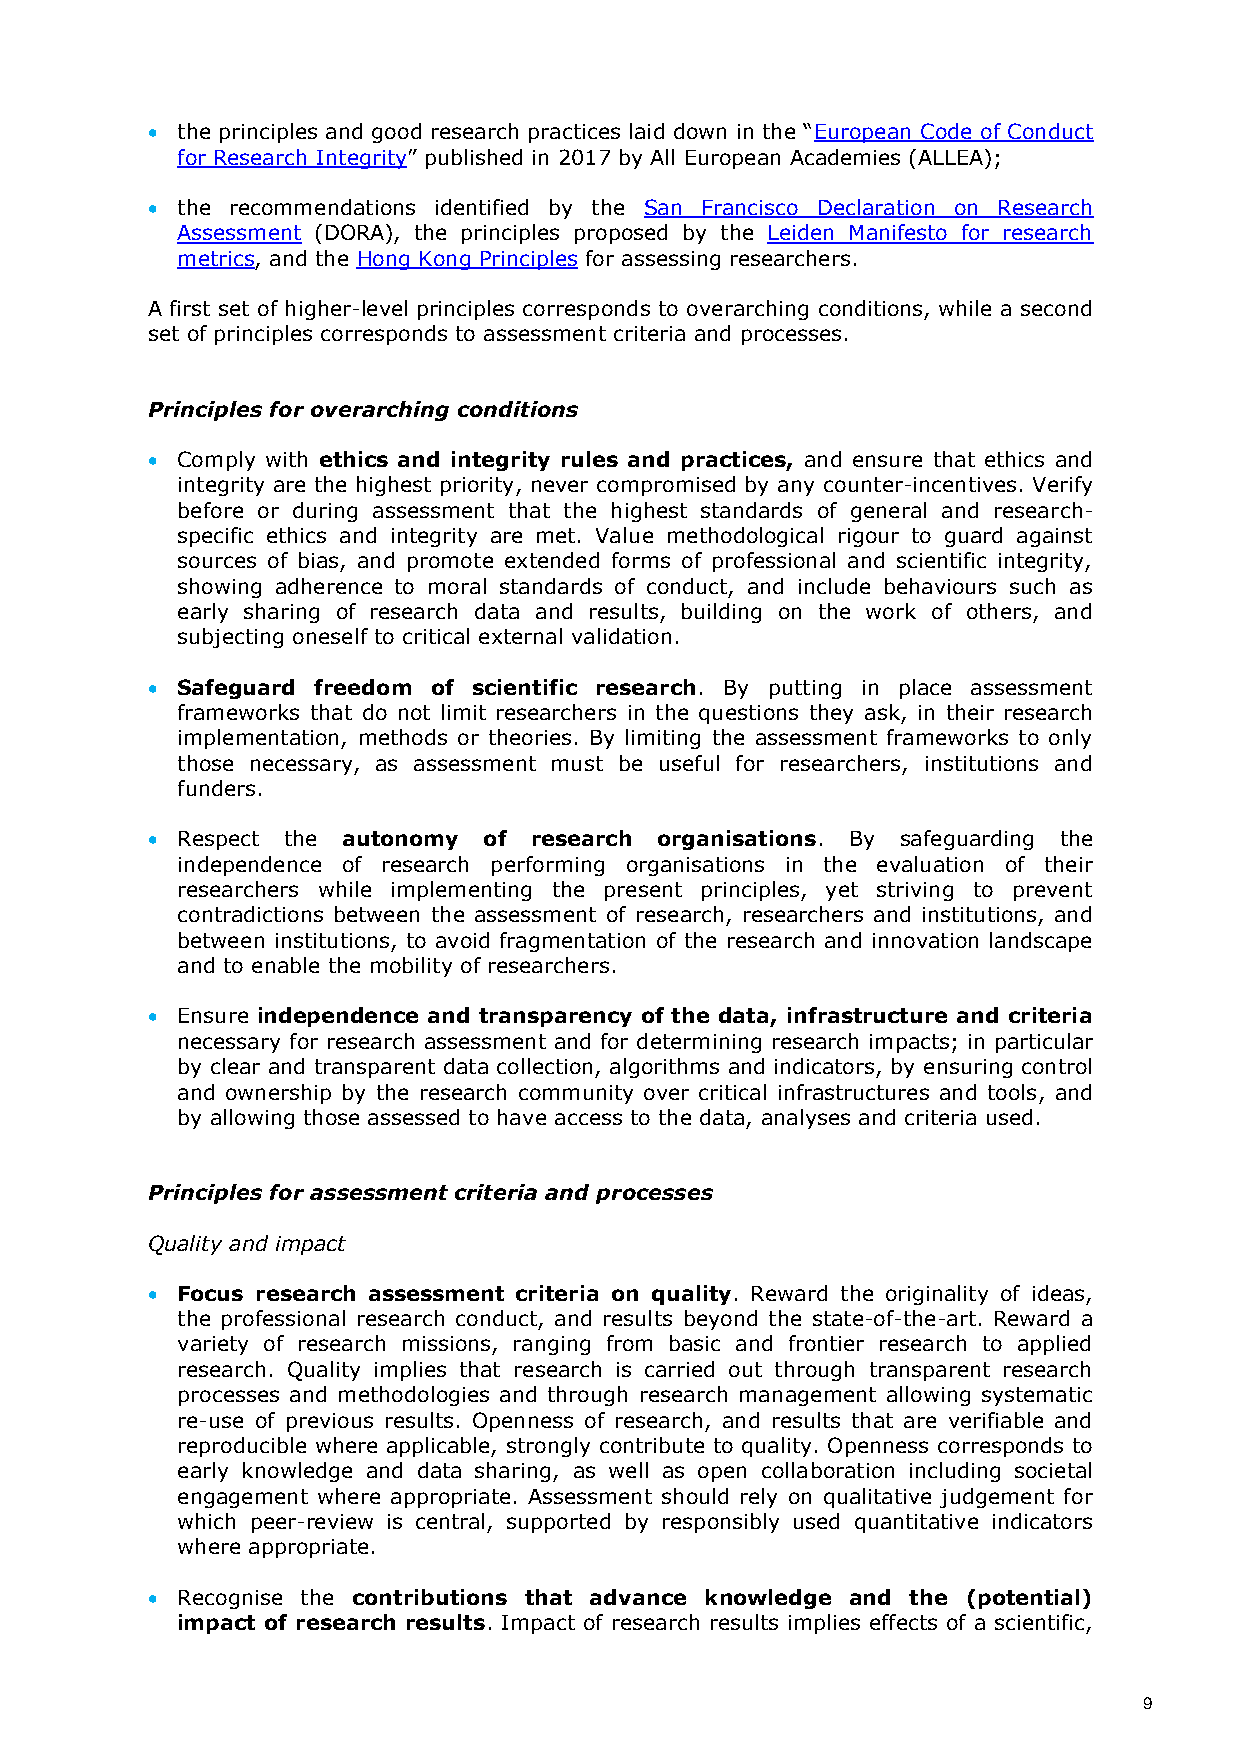
 the principles and good research practices laid down in the “European Code of Conduct
 for Research Integrity” published in 2017 by All European Academies (ALLEA);
  the recommendations identified by the San Francisco Declaration on Research
 Assessment (DORA), the principles proposed by the Leiden Manifesto for research
 metrics, and the Hong Kong Principles for assessing researchers.
 A first set of higher-level principles corresponds to overarching conditions, while a second
 set of principles corresponds to assessment criteria and processes.
 Principles for overarching conditions
  Comply with ethics and integrity rules and practices, and ensure that ethics and
 integrity are the highest priority, never compromised by any counter-incentives. Verify
 before or during assessment that the highest standards of general and research-
 specific ethics and integrity are met. Value methodological rigour to guard against
 sources of bias, and promote extended forms of professional and scientific integrity,
 showing adherence to moral standards of conduct, and include behaviours such as
 early sharing of research data and results, building on the work of others, and
 subjecting oneself to critical external validation.
  Safeguard freedom of scientific research. By putting in place assessment
 frameworks that do not limit researchers in the questions they ask, in their research
 implementation, methods or theories. By limiting the assessment frameworks to only
 those necessary, as assessment must be useful for researchers, institutions and
 funders.
  Respect the autonomy of research organisations. By safeguarding the
 independence of research performing organisations in the evaluation of their
 researchers while implementing the present principles, yet striving to prevent
 contradictions between the assessment of research, researchers and institutions, and
 between institutions, to avoid fragmentation of the research and innovation landscape
 and to enable the mobility of researchers.
  Ensure independence and transparency of the data, infrastructure and criteria
 necessary for research assessment and for determining research impacts; in particular
 by clear and transparent data collection, algorithms and indicators, by ensuring control
 and ownership by the research community over critical infrastructures and tools, and
 by allowing those assessed to have access to the data, analyses and criteria used.
 Principles for assessment criteria and processes
 Quality and impact
  Focus research assessment criteria on quality. Reward the originality of ideas,
 the professional research conduct, and results beyond the state-of-the-art. Reward a
 variety of research missions, ranging from basic and frontier research to applied
 research. Quality implies that research is carried out through transparent research
 processes and methodologies and through research management allowing systematic
 re-use of previous results. Openness of research, and results that are verifiable and
 reproducible where applicable, strongly contribute to quality. Openness corresponds to
 early knowledge and data sharing, as well as open collaboration including societal
 engagement where appropriate. Assessment should rely on qualitative judgement for
 which peer-review is central, supported by responsibly used quantitative indicators
 where appropriate.
  Recognise the contributions that advance knowledge and the (potential)
 impact of research results. Impact of research results implies effects of a scientific,
 9